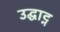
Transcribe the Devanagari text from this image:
उद्घाट्न